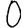
Digit: 0